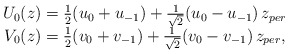
\begin{align*}\begin{array}{c}U_0(z)=\frac 12(u_0+u_{-1})+\frac 1{\sqrt{2}}(u_0-u_{-1})\,z_{per} \\V_0(z)=\frac 12(v_0+v_{-1})+\frac 1{\sqrt{2}}(v_0-v_{-1})\,z_{per},\end{array}\end{align*}